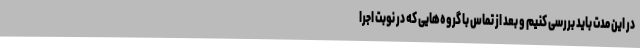
در این مدت باید بررسی کنیم و بعد از تماس با گروه‌هایی که در نوبت اجرا